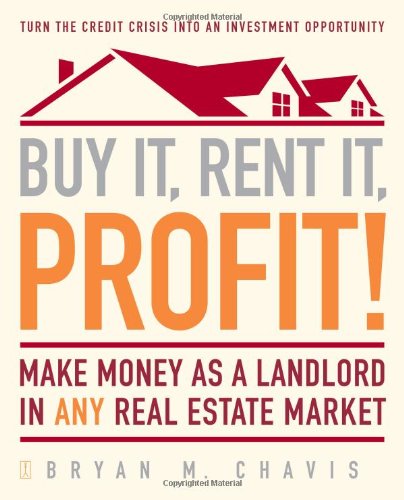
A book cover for Buy It, Rent It, Profit!: Make Money as a Landlord in ANY Real Estate Market; Bryan  M. Chavis; Business & Money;